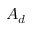
A _ { d }